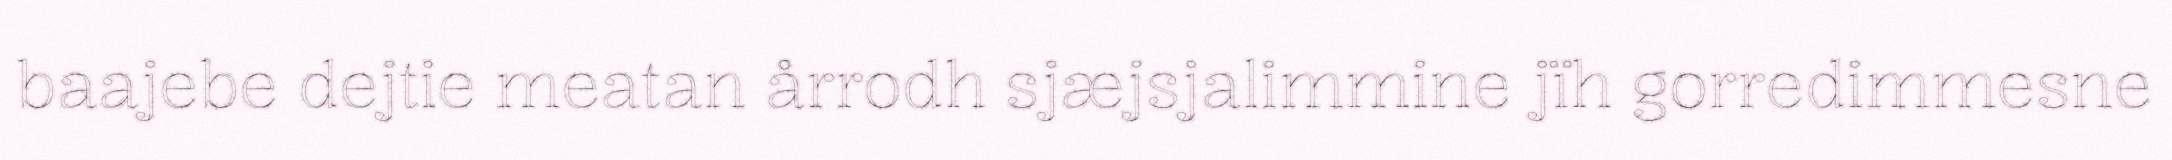
baajebe dejtie meatan årrodh sjæjsjalimmine jïh gorredimmesne